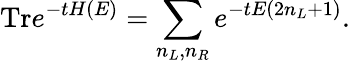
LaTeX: \mathrm{Tr}e^{-tH(E)}=\sum_{n_{L},n_{R}}e^{-tE(2n_{L}+1)}.